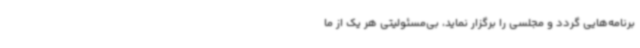
برنامه‌هایی گردد و مجلسی را برگزار نماید، بی‌مسئولیتی هر یک از ما